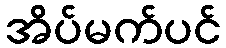
အိပ်မက်ပင်